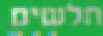
חלשים